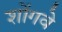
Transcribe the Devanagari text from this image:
शोंगवे